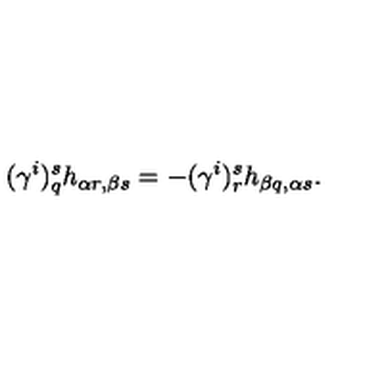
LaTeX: ( \gamma ^ { i } ) _ { q } ^ { s } h _ { \alpha r , \beta s } = - ( \gamma ^ { i } ) _ { r } ^ { s } h _ { \beta q , \alpha s } .